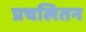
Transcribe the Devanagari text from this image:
प्रचलितन